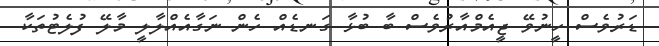
ޑަރުވެސް ހީނުވޭ ޖީއެމްއާރުވެސް ބާ ބުޅާ ގަނޑެއް ހެން ނަގާއެއްލާލީ މާލޭ ފުލެޓުތަކާ